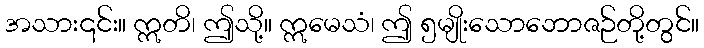
အသား၎င်း။ ဣတိ၊ ဤသို့။ ဣမေသံ၊ ဤ ၅မျိုးသောဘောဇဉ်တို့တွင်။